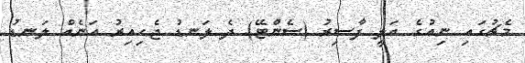
މެޗުގައި ނިއުގެ އަލީ ފާސިރު (ސެންޓޭ) ދެ ލަނޑު ޖެހިއިރު އަނެއް ލަނޑު